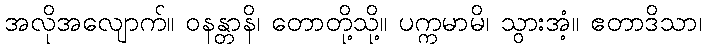
အလိုအလျောက်။ ဝနန္တာနိ၊ တောတို့သို့။ ပက္ကမာမိ၊ သွားအံ့။ ဧတာဒိသာ၊